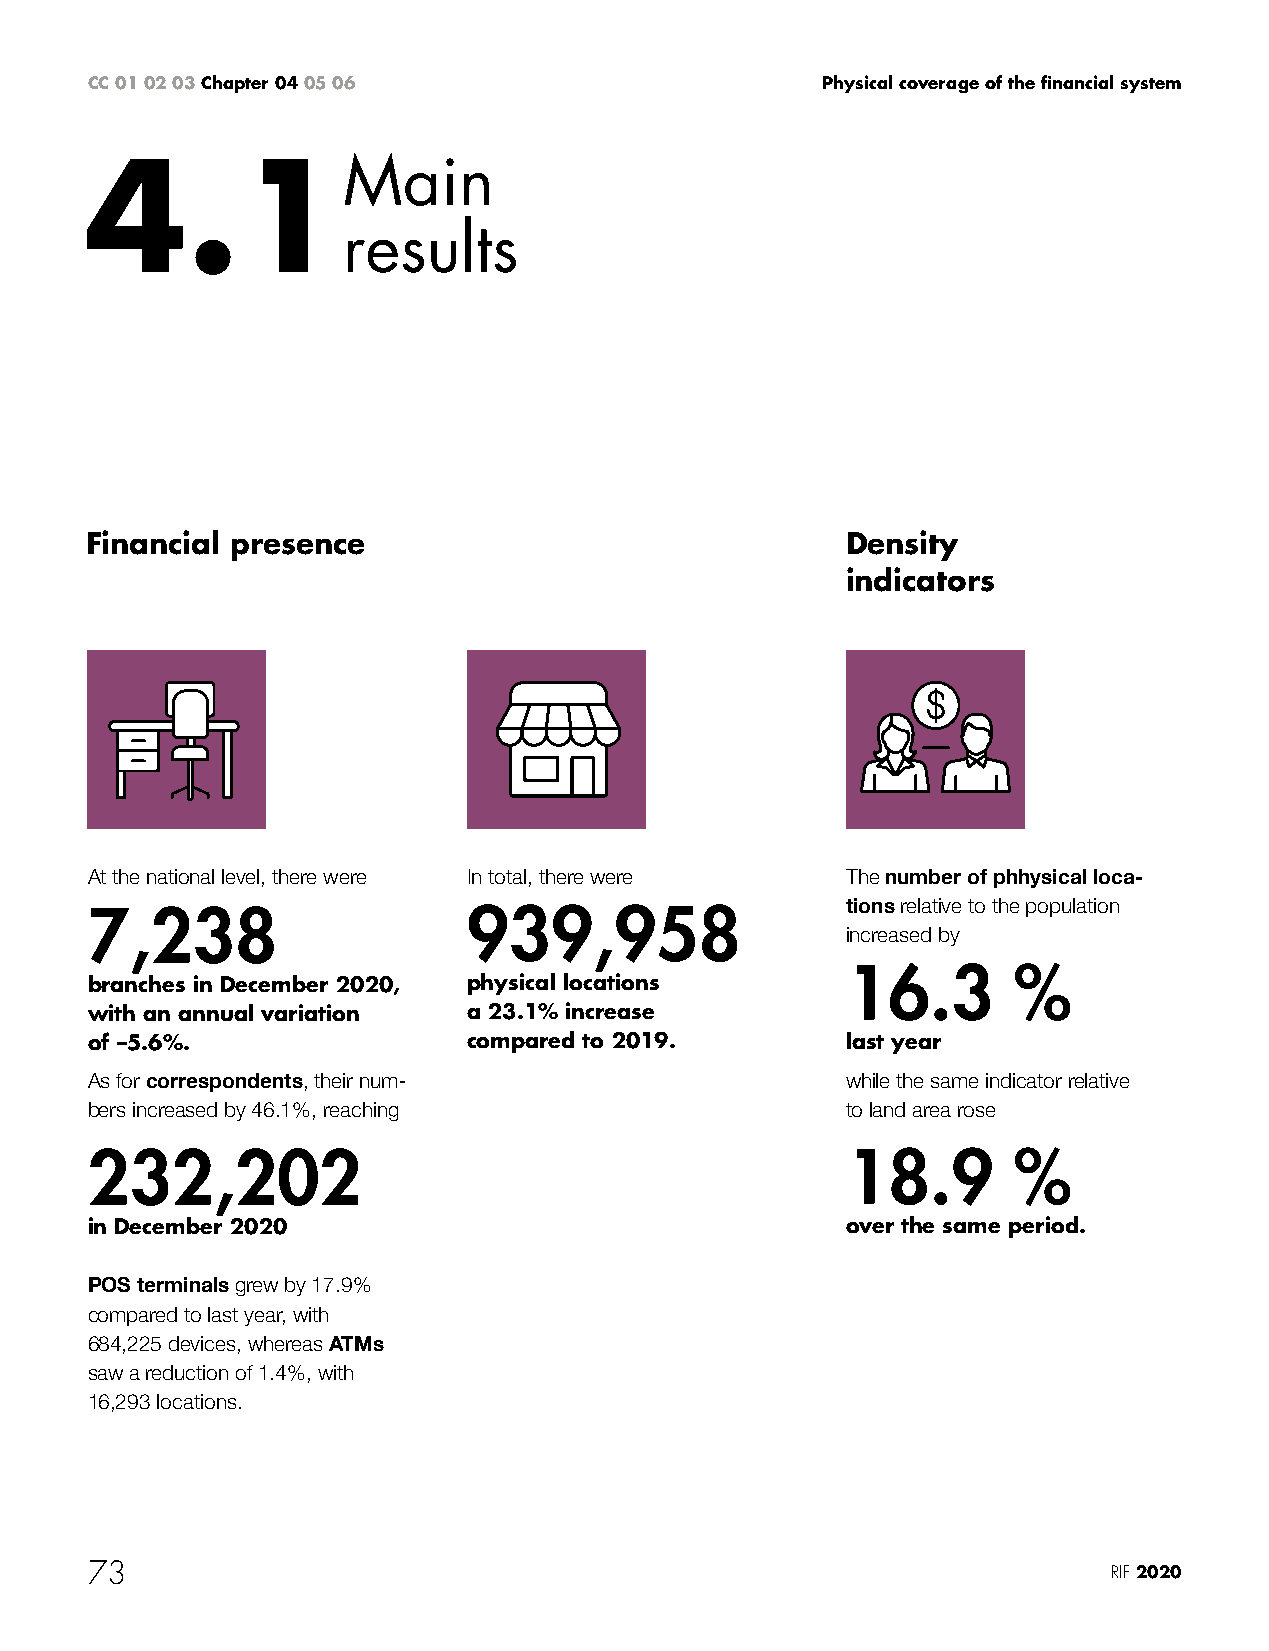
CC 01 02 03 Chapter 04 05 06                    Physical coverage of the financial system
 4.1Main
 results
 Financial presence                                Density
 indicators
 At the national level, there were In total, there were The number of phhysical loca-
 7,238                    939,958                  tions relative to the population
 increased by
 16.3       %
 branches in December 2020, physical locations
 with an annual variation a 23.1% increase
 of –5.6%.                compared to 2019.        last year
 As for correspondents, their num-                 while the same indicator relative
 bers increased by 46.1%, reaching                 to land area rose
 232,202                                           18.9       %
 in December 2020                                  over the same period.
 POS terminals grew by 17.9%
 compared to last year, with
 684,225 devices, whereas ATMs
 saw a reduction of 1.4%, with
 16,293 locations.
 73                                                                  RIF 2020